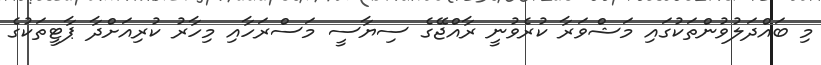
މި ބައްދަލުވުންތަކުގައި މަޝްވަރާ ކުރެވުނީ ރާއްޖޭގެ ސިޔާސީ މަސްރަހާއި މިހާރު ކުރިއަށްދާ ޕާޓީތަކުގެ